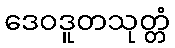
ဒေဝဒူတသုတ္တံ